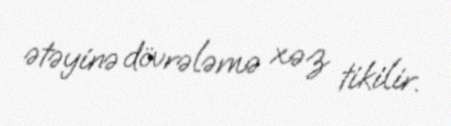
ətəyinə dövrələmə xəz tikilir.